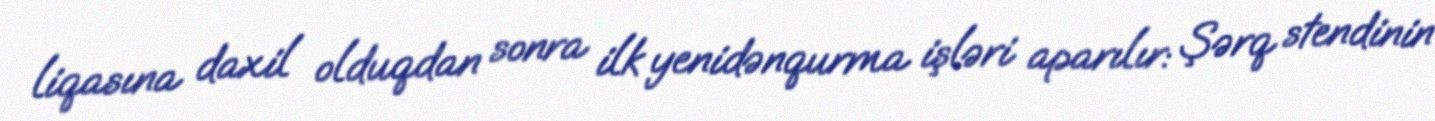
liqasına daxil olduqdan sonra ilk yenidənqurma işləri aparılır: Şərq stendinin